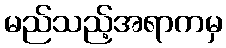
မည်သည့်အရာကမှ